Reports on military cantonments and civil stations in the Presidency of Bombay inspected by the Sanitary Commissioner in the years 1875 and 1876
Year: 1875
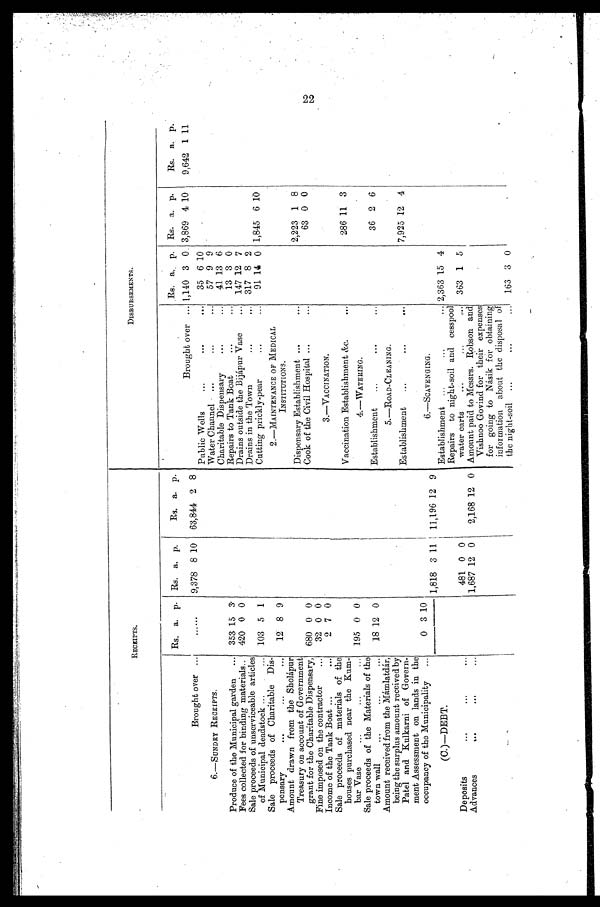
RECEIPTS.
DISBURSEMENTS.
Rs. a. p. Rs. a. p.
Rs. a. p.
Rs. a. p. Rs. a. p.
Rs. a. p.
Brought over ...
......
9,378 8 10 63,844 2 8
Brought over ... 1,140 3 0 3,869 4 10
9,642 1 11
Public Wells
...
...
...
35 6 10
6.—SUNDRY RECEIPTS.
Water Channel ... ...
57 9 9
Produce of the Municipal garden ... 353 15 3
Charitable Dispensary
...
...
41 13 6
Repairs to Tank Boat
...
...
13 3 0
Fees collected for binding materials..
420 0 0
Drains outside the Bijápur Vase
147 12 7
Sale proceeds of unserviceable articles
of Municipal deadstock ...
. . .
. . . 103 5 1
Drains in the Town
...
317 8 2
Cutting prickly-pear... ...
91 14 0 1,845 6 10
Sale proceeds of Charitable Dis-
pensary
...
...
...
12 8 9
2.—MAINTENANCE OF MEDICAL
INSTITUTIONS.
Amount drawn from the Sholápur
Treasury on account of Government
grant for the Charitable Dispensary, 680 0 0
Dispensary Establishment ...
. . .
2,223 1 8
Cook of the Civil Hospital ...
. . .
63 0 0
Fine imposed on the contractor
...
32 0 0
Income of the Tank Boat ...
. . .
2 7 0
3.—VACCINATION.
Sale proceeds of materials of the
houses purchased near the Kum-
bar Vase...
...
Vaccination Establishment &c.
...
286 11 3
4.—WATERING.
Sale proceeds of the Materials of the
town wall..
...
... ...
18 12 0
Establishment
...
...
...
36 2 6
Amount received from the Mámlatdár
'being the surplus amount received by
Patel and Kulkarni of Govern-
ment Assessment on lands in the
occupancy of the Municipality
...
0 3 10
1,818 3 11 11,196 12 9
5. —ROAD-CLEANING.
Establishment
...
...
. . .
7,925 12 4
6.—SCAVENGING.
(C.)—DEBT.
Establishment ...
...
...
2,363 15 4
Deposits
...
...
...
481 0 0
Repairs to night-soil and cesspool
water carts
...
...
... 363 1 5
Advances
...
...
...
1,687 12 0
2,168 12 0 Amount paid to Messrs. Robson and
Vishnoo Govind for their expenses
for going to Násik for obtaining
information about the disposal of
the night-soil ...
...
... 163 3 0